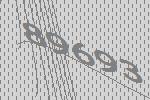
89693